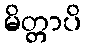
မိတ္တာပိ